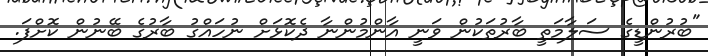
"ބުރުންޑީގެ ސަލާމަތީ ބާރުތަކުން ވަނީ އާންމުންނާ ދެކޮޅަށް ނުހައްގު ބާރުގެ ބޭނުން ކޮށްފަ.